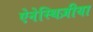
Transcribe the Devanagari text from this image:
ऐनेस्थिज़ीया